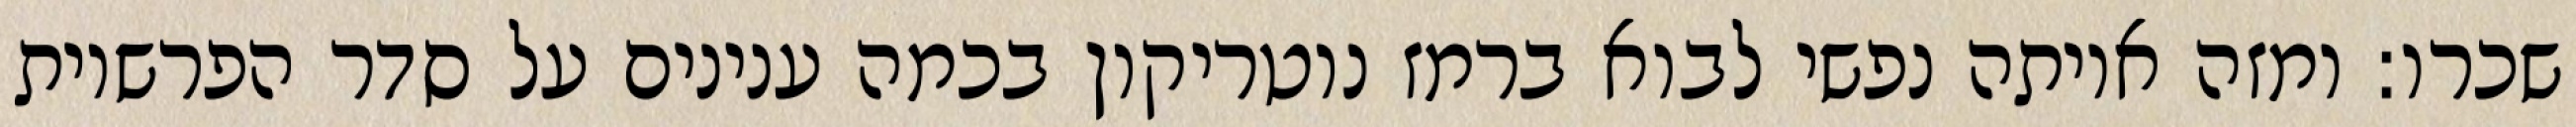
שכרו: ומזה איותה נפשי לבוא ברמז נוטריקון בכמה ענינים על סדר הפרשיות